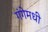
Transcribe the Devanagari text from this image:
गंगेमधी